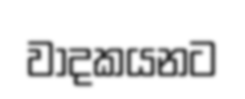
වාදකයනට